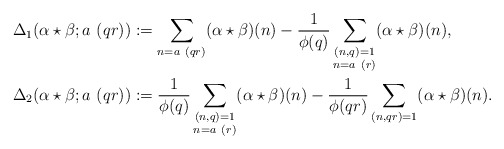
\begin{align*} \Delta_1(\alpha \star \beta; a\ (qr))&:= \sum_{n = a\ (qr)} (\alpha \star \beta)(n) - \frac{1}{\phi(q)} \sum_{\substack{(n,q)=1\\ n = a\ (r)}} (\alpha \star \beta)(n),\\ \Delta_2(\alpha \star \beta; a\ (qr))&:= \frac{1}{\phi(q)} \sum_{\substack{(n,q)=1\\n = a\ (r)}} (\alpha \star \beta)(n) - \frac{1}{\phi(qr)} \sum_{(n,qr)=1} (\alpha \star \beta)(n).\end{align*}